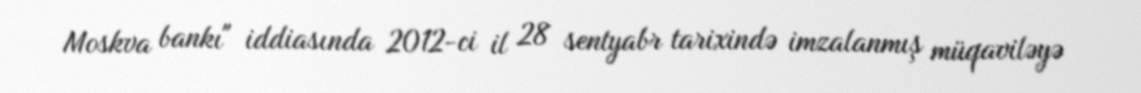
Moskva bankı" iddiasında 2012-ci il 28 sentyabr tarixində imzalanmış müqaviləyə